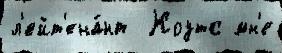
л'ейт'ена́нт  Коутс мн'е